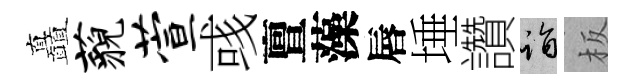
矗藐萱彧亶藻唇埵讚诣板